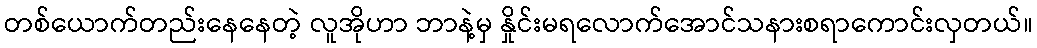
တစ်ယောက်တည်းနေနေတဲ့ လူအိုဟာ ဘာနဲ့မှ နှိုင်းမရလောက်အောင်သနားစရာကောင်းလှတယ်။